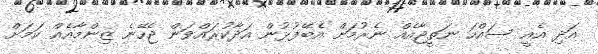
އަދި އެއީ ސައްހަ ނަތީޖާއެއް ނެރުމަށް އެބޭފުޅުން އަދާކުރައްވަން ޖެހޭނެ ޒިންމާއެއް ކަމަށް